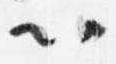
以